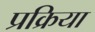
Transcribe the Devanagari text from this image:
प्रक्रिया